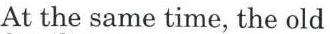
At the same time, the old